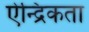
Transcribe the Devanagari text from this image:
ऐन्द्रिकता